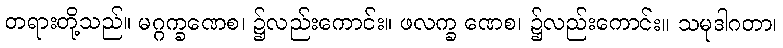
တရားတို့သည်။ မဂ္ဂက္ခဏေစ၊ ၌လည်းကောင်း။ ဖလက္ခ ဏေစ၊ ၌လည်းကောင်း။ သမုဒါဂတာ၊